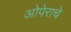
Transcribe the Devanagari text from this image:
ओपेराचे